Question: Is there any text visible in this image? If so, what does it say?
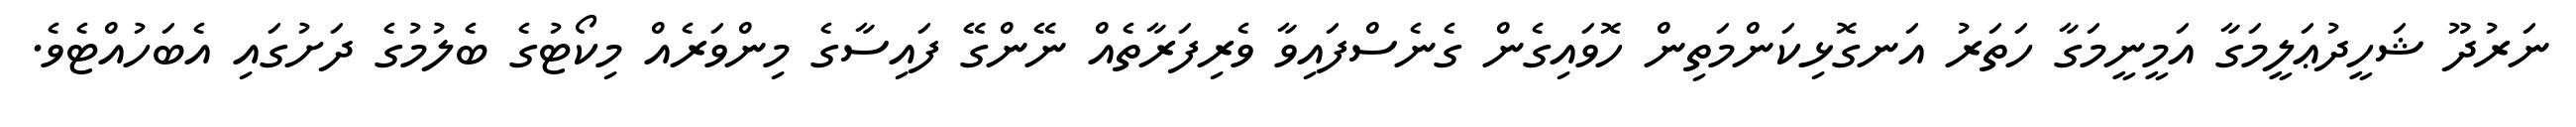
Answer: ނަރުދޫ ޝަހީދުޢަލީމަގާ އަމީނީމަގާ ހަތަރު އަނގޮޅިކަންމަތިން ހޮވައިގެން ގެނެސްފައިވާ ވެރިފަރާތެއް ނޭންގޭ ފައިސާގެ މިންވަރެއް މިކޯޓުގެ ބެލުމުގެ ދަށުގައި އެބަހުއްޓެވެ.